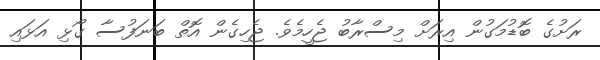
ރަށުގެ ބޮޑުމަގުން އިރަށް މިސްރާބު ޖެހީމެވެ. ޖެހިގެން އޮތް ބަނަފުސާ ގޯޅި އަޅައި